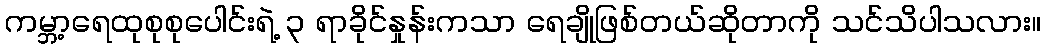
ကမ္ဘာ့ရေထုစုစုပေါင်းရဲ့ ၃ ရာခိုင်နှုန်းကသာ ရေချိုဖြစ်တယ်ဆိုတာကို သင်သိပါသလား။